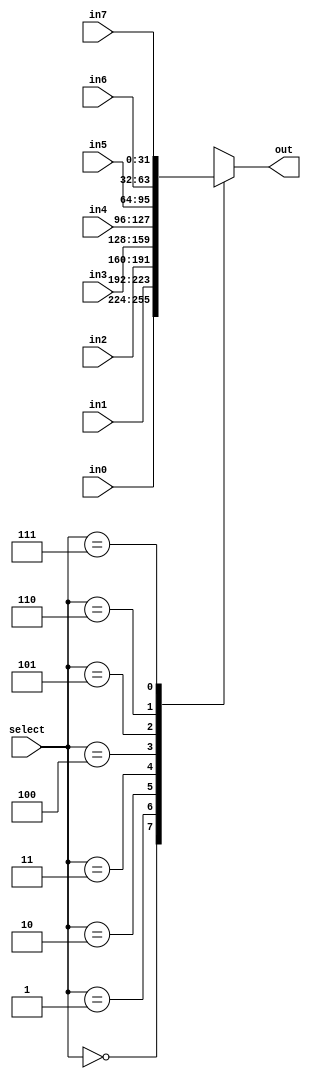
`timescale 1ns/1ps
module mux_8to1_32b(in0, in1, in2, in3, in4, in5, in6, in7, out, select);
    parameter size = 32;
    // Specifying the ports
    input [size-1:0] in0;
    input [size-1:0] in1;
    input [size-1:0] in2;
    input [size-1:0] in3;
    input [size-1:0] in4;
    input [size-1:0] in5;
    input [size-1:0] in6;
    input [size-1:0] in7;
    output reg [size-1:0] out;
    input [2:0] select;
    always @(*)
        case (select)
            0: out = in0;
            1: out = in1;
            2: out = in2;
            3: out = in3;
            4: out = in4;
            5: out = in5;
            6: out = in6;
            7: out = in7;
            default: out = {size{1'bx}};
        endcase
endmodule